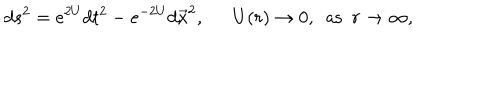
d s ^ { 2 } = e ^ { 2 U } d t ^ { 2 } - e ^ { - 2 U } d \vec { x } ^ { 2 } , \ \ U ( r ) \to 0 , \ \ \mathrm { a s } \ \ r \to \infty ,